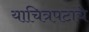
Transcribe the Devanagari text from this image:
याचित्रपटाचे